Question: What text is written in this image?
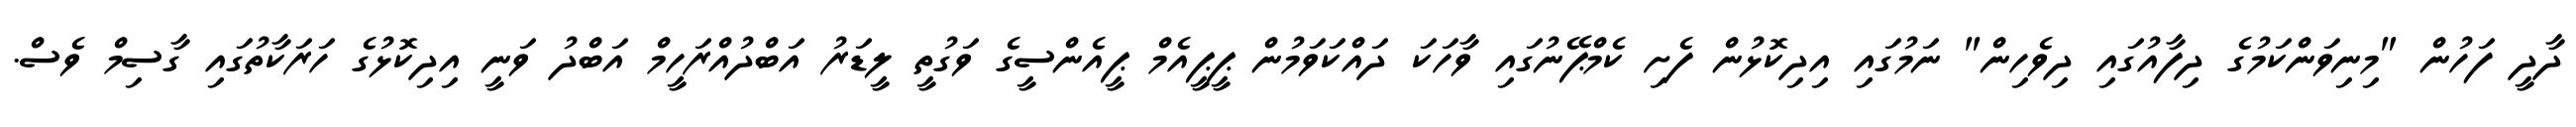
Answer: ދާދީ ފަހުން "މިނިވަންކަމުގެ ދިފާއުގައި ދިވެހިން" ނަމުގައި އިދިކޮޅުން ފެށި ކެމްޕޭނުގައި ވާހަކަ ދައްކަވަމުން ޕީޕީއެމް ޕީއެންސީގެ ވަގުތީ ލީޑަރު އަބްދުއްރަހީމް އަބްދު ވަނީ އިދިކޮޅުގެ ހަރަކާތުގައި ގާސިމް ވެސް.